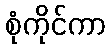
စုံကိုင်ကာ